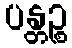
ပန္တဉ္စ